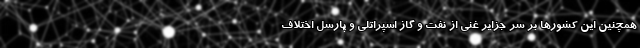
همچنین این کشورها بر سر جزایر غنی از نفت و گاز اسپراتلی و پارسل اختلاف